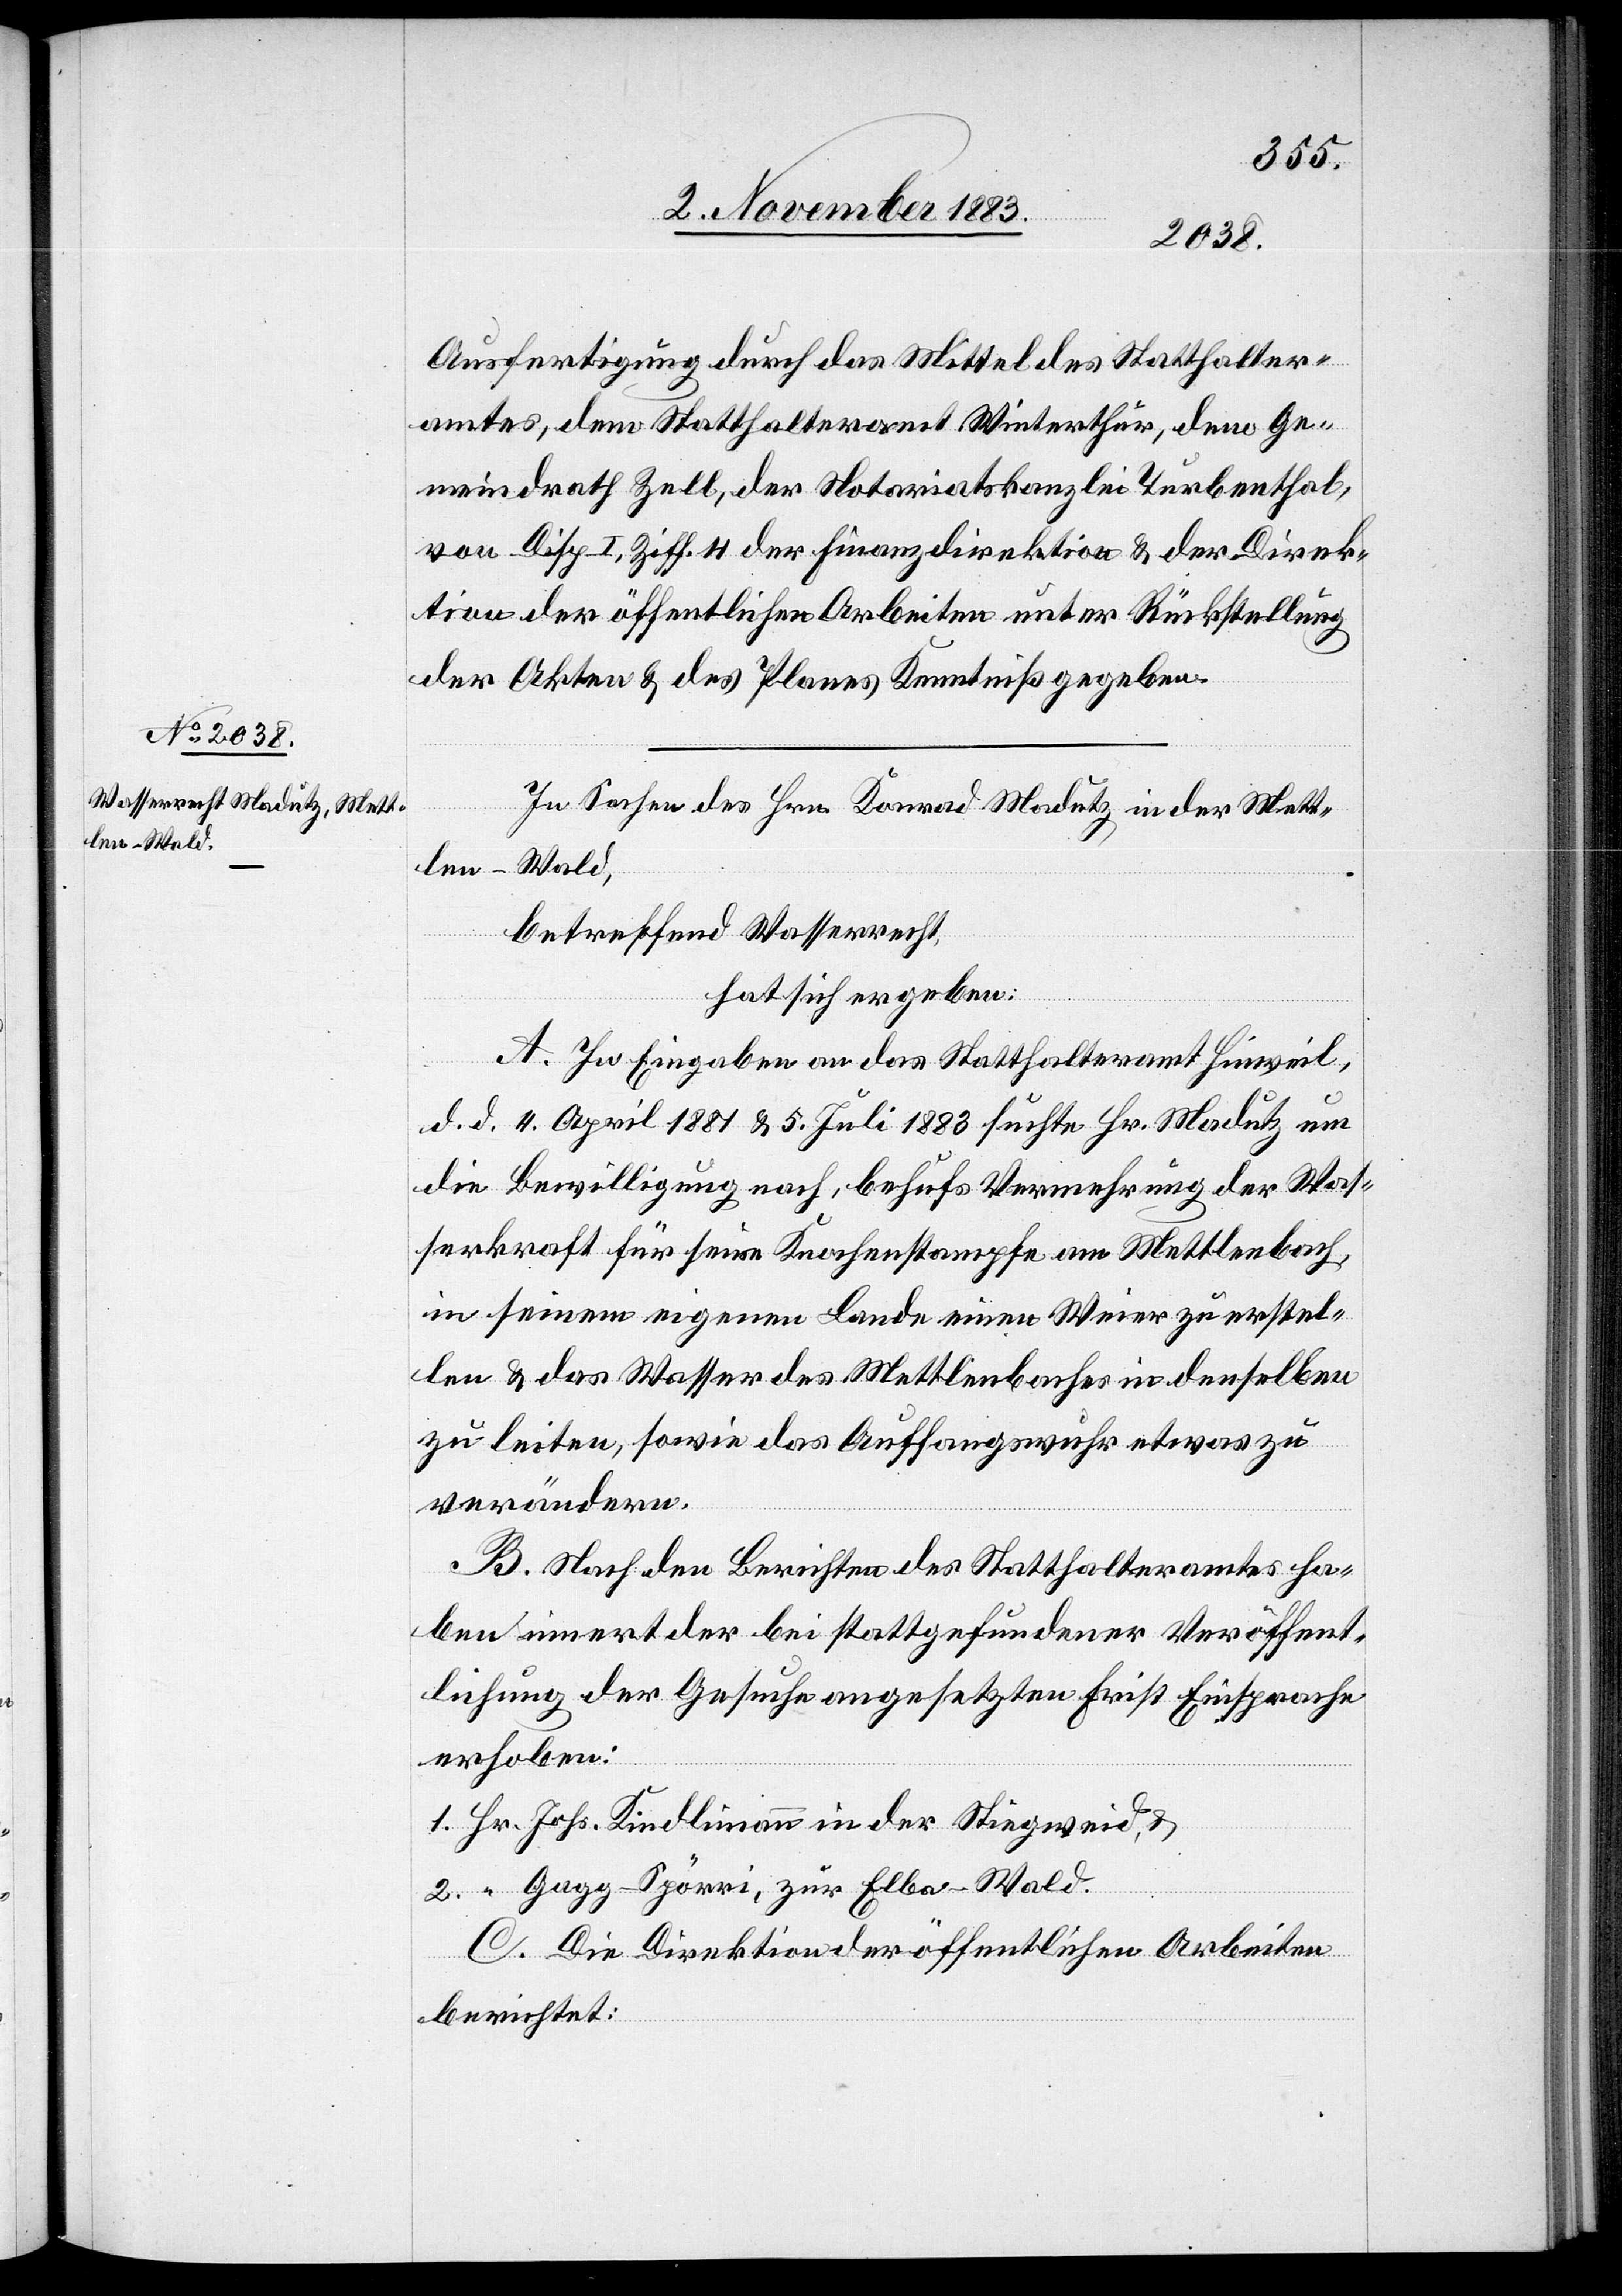
len - Wald,

Ausfertigung durch das Mittel des Statthalter¬
Gemeindrath Zell, der Notariatskanzlei Turbenthal,
von Disp. I, Ziff. 4 der Finanzdirektion & der Direk¬
tion der öffentlichen Arbeiten unter Rückstellung
der Akten & des Planes Kenntniß gegeben.
In Sachen des Hrn. Konrad Madutz in der Mett¬
dem
betreffend Wasserrecht
hat sich ergeben:
A. In Eingaben an das Statthalteramt Hinweil,
d. d. 4. April 1881 & 5. Juli 1883 suchte Hr. Madutz um
die Bewilligung nach, behufs Vermehrung der Was¬
serkraft für seine Knochenstampfe am Mettlenbach,
in seinem eigenen Lande einen Weier zu erstel¬
len & das Wasser des Mettlenbaches in denselben
zu leiten, sowie das Auffangswuhr etwas zu
verändern.
B. Nach den Berichten des Statthalteramtes ha¬
ben innert der bei stattgefundener Veröffent¬
lichung der Gesuche angesetzten Frist Einsprache
erhoben:
1. Hr. Johs. Kindlimann in der Stiegweid, &
2. “ Gagg-Spörri, zur Elba - Wald.
C. Die Direktion der öffentlichen Arbeiten
berichtet: